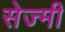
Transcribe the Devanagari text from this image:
सेज्मी